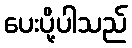
ပေးပို့ပါသည်